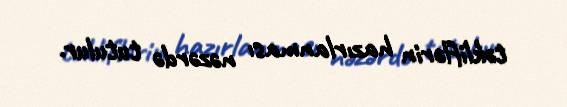
təkliflərin hazırlanması nəzərdə tutulur.